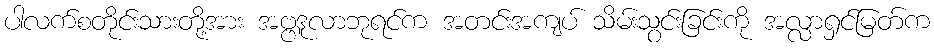
ပါလက်စတိုင်းသားတို့အား အဗ္ဗဒူလာဘုရင်က အတင်းအကျပ် သိမ်းသွင်းခြင်းကို အလ္လာရှင်မြတ်က